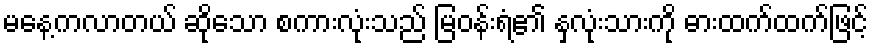
မနေ့ကလာတယ် ဆိုသော စကားလုံးသည် မြဝန်းရံ၏ နှလုံးသားကို ဓားထက်ထက်ဖြင့်